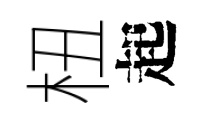
杻起